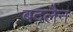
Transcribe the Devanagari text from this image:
बदलैन